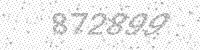
Solution: 872899